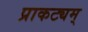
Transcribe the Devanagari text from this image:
प्राकट्यम्